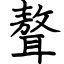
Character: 聱